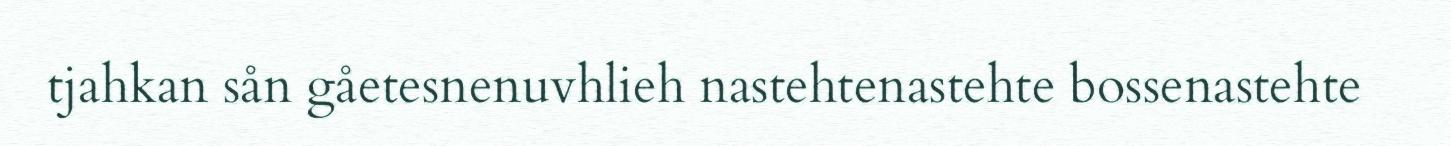
tjahkan sån gåetesnenuvhlieh nastehtenastehte bossenastehte